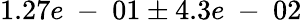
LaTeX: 1.27e\mathrm{~-~}01\pm 4.3e\mathrm{~-~}02